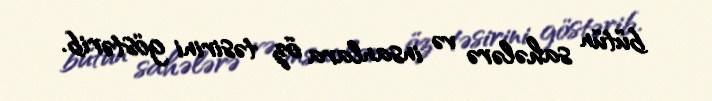
bütün sahələrə və insanlara öz təsirini göstərib.